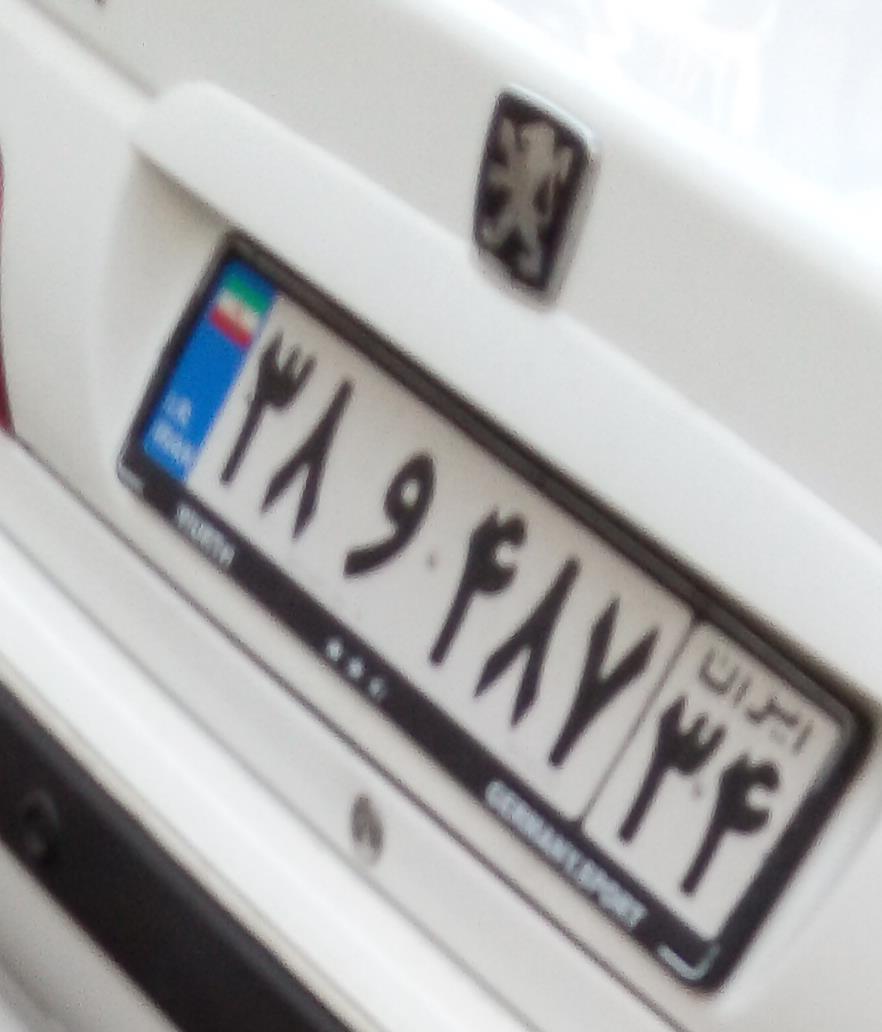
۳۸و۴۸۷۳۴